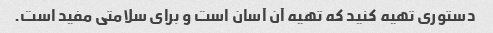
دستوری تهیه کنید که تهیه آن آسان است و برای سلامتی مفید است.